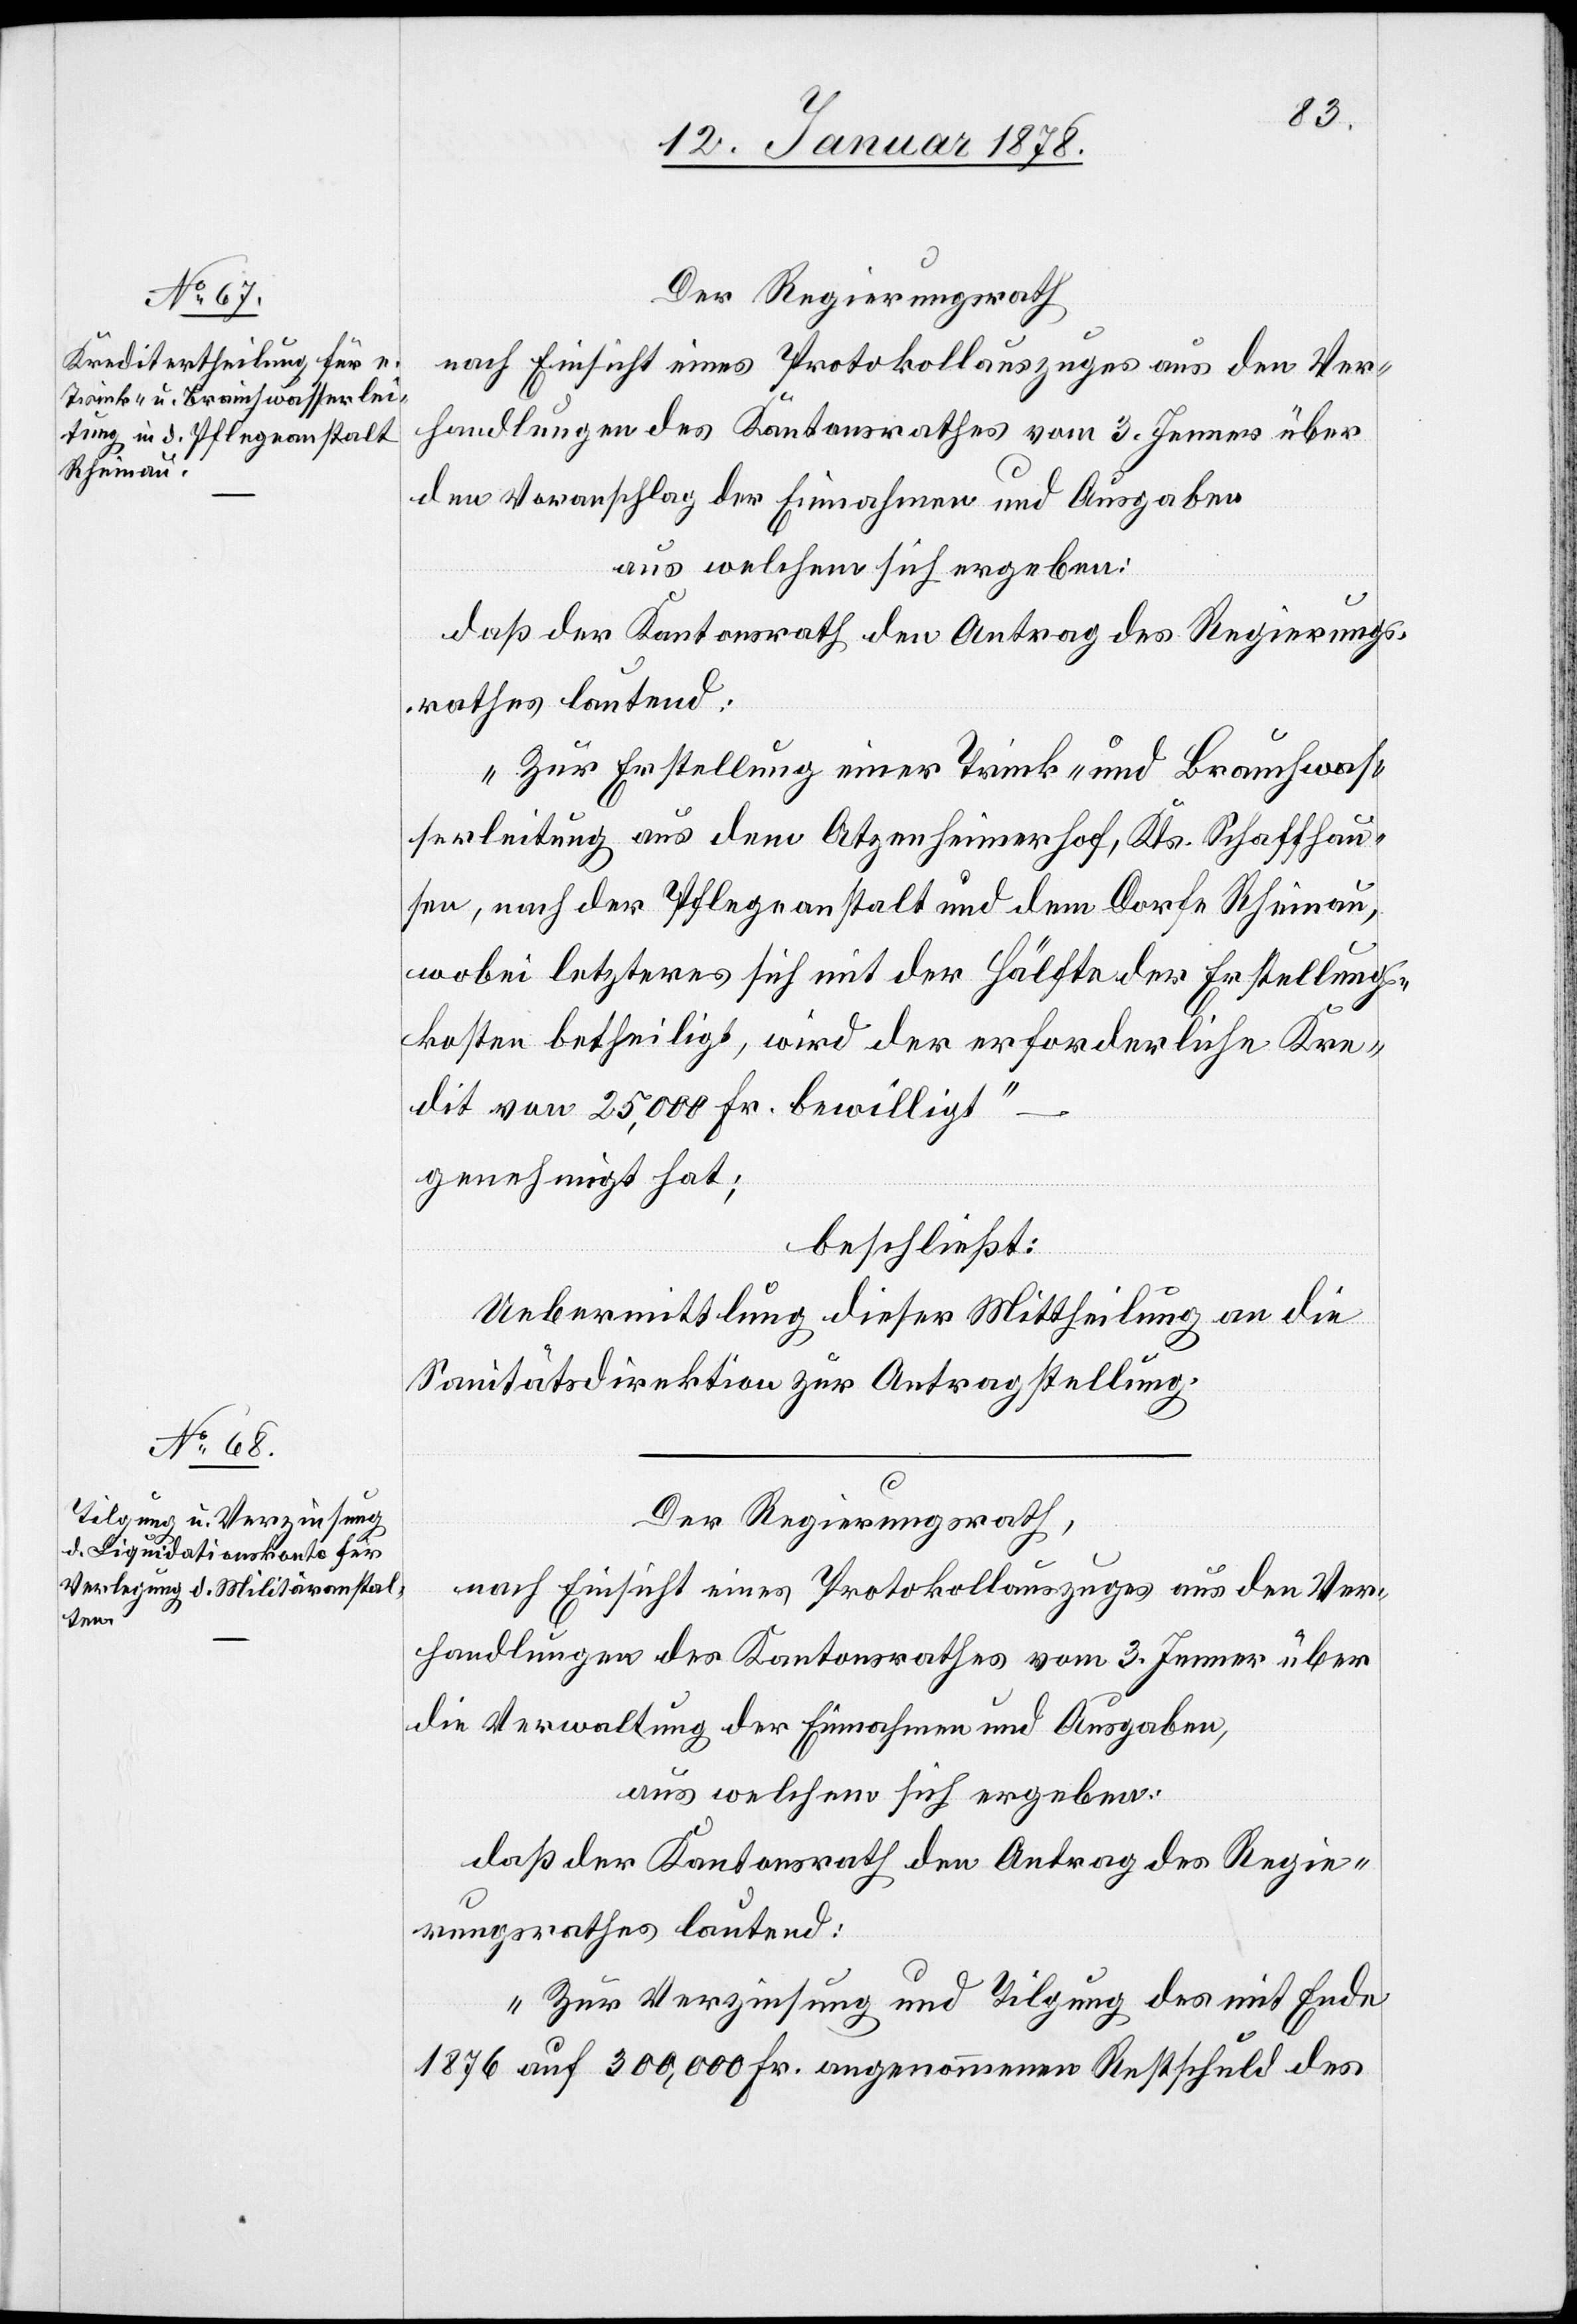
Der Regierungsrath,
nach Einsicht des Protokollauszuges aus den Ver¬
handlungen des Kantonsrathes vom 3. Jenner über
den Voranschlag der Einnahmen und Ausgaben
aus welchen sich ergeben:
daß der Kantonsrath den Antrag des Regierungs¬
rathes lautend:
„Zur Erstellung einer Trink- und Brauchwas¬
serleitung aus dem Atzenheimerhof, Kts. Schaffhau¬
sen, nach der Pflegeanstalt und dem Dorfe Rheinau,
wobei letzteres sich mit der Hälfte der Erstellungs¬
kosten betheiligt, wird der erforderliche Kre¬
dit von 25,000 Fr. bewilligt“
genehmigt hat;
beschließt:
Uebermittlung dieser Mittheilung an die
Sanitätsdirektion zur Antragstellung.
die Verwaltung der Einnahmen und Ausgaben,
aus welchem sich ergeben:
daß der Kantonsrath den Antrag des Regie¬
rungsrathes lautend:
„Zur Verzinsung und Tilgung der mit Ende
1876 auf 300,000 Fr. angenommenen Rechtschuld des